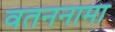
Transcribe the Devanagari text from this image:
वतननामा